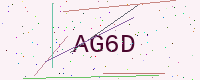
Text: AG6D